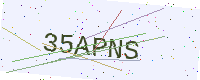
Text: 35APNS